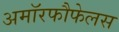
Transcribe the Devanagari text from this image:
अमॉरफौफेलस